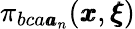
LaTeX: \pi_{bca{\pmb a}_{n}}({\pmb x},{\pmb\xi})